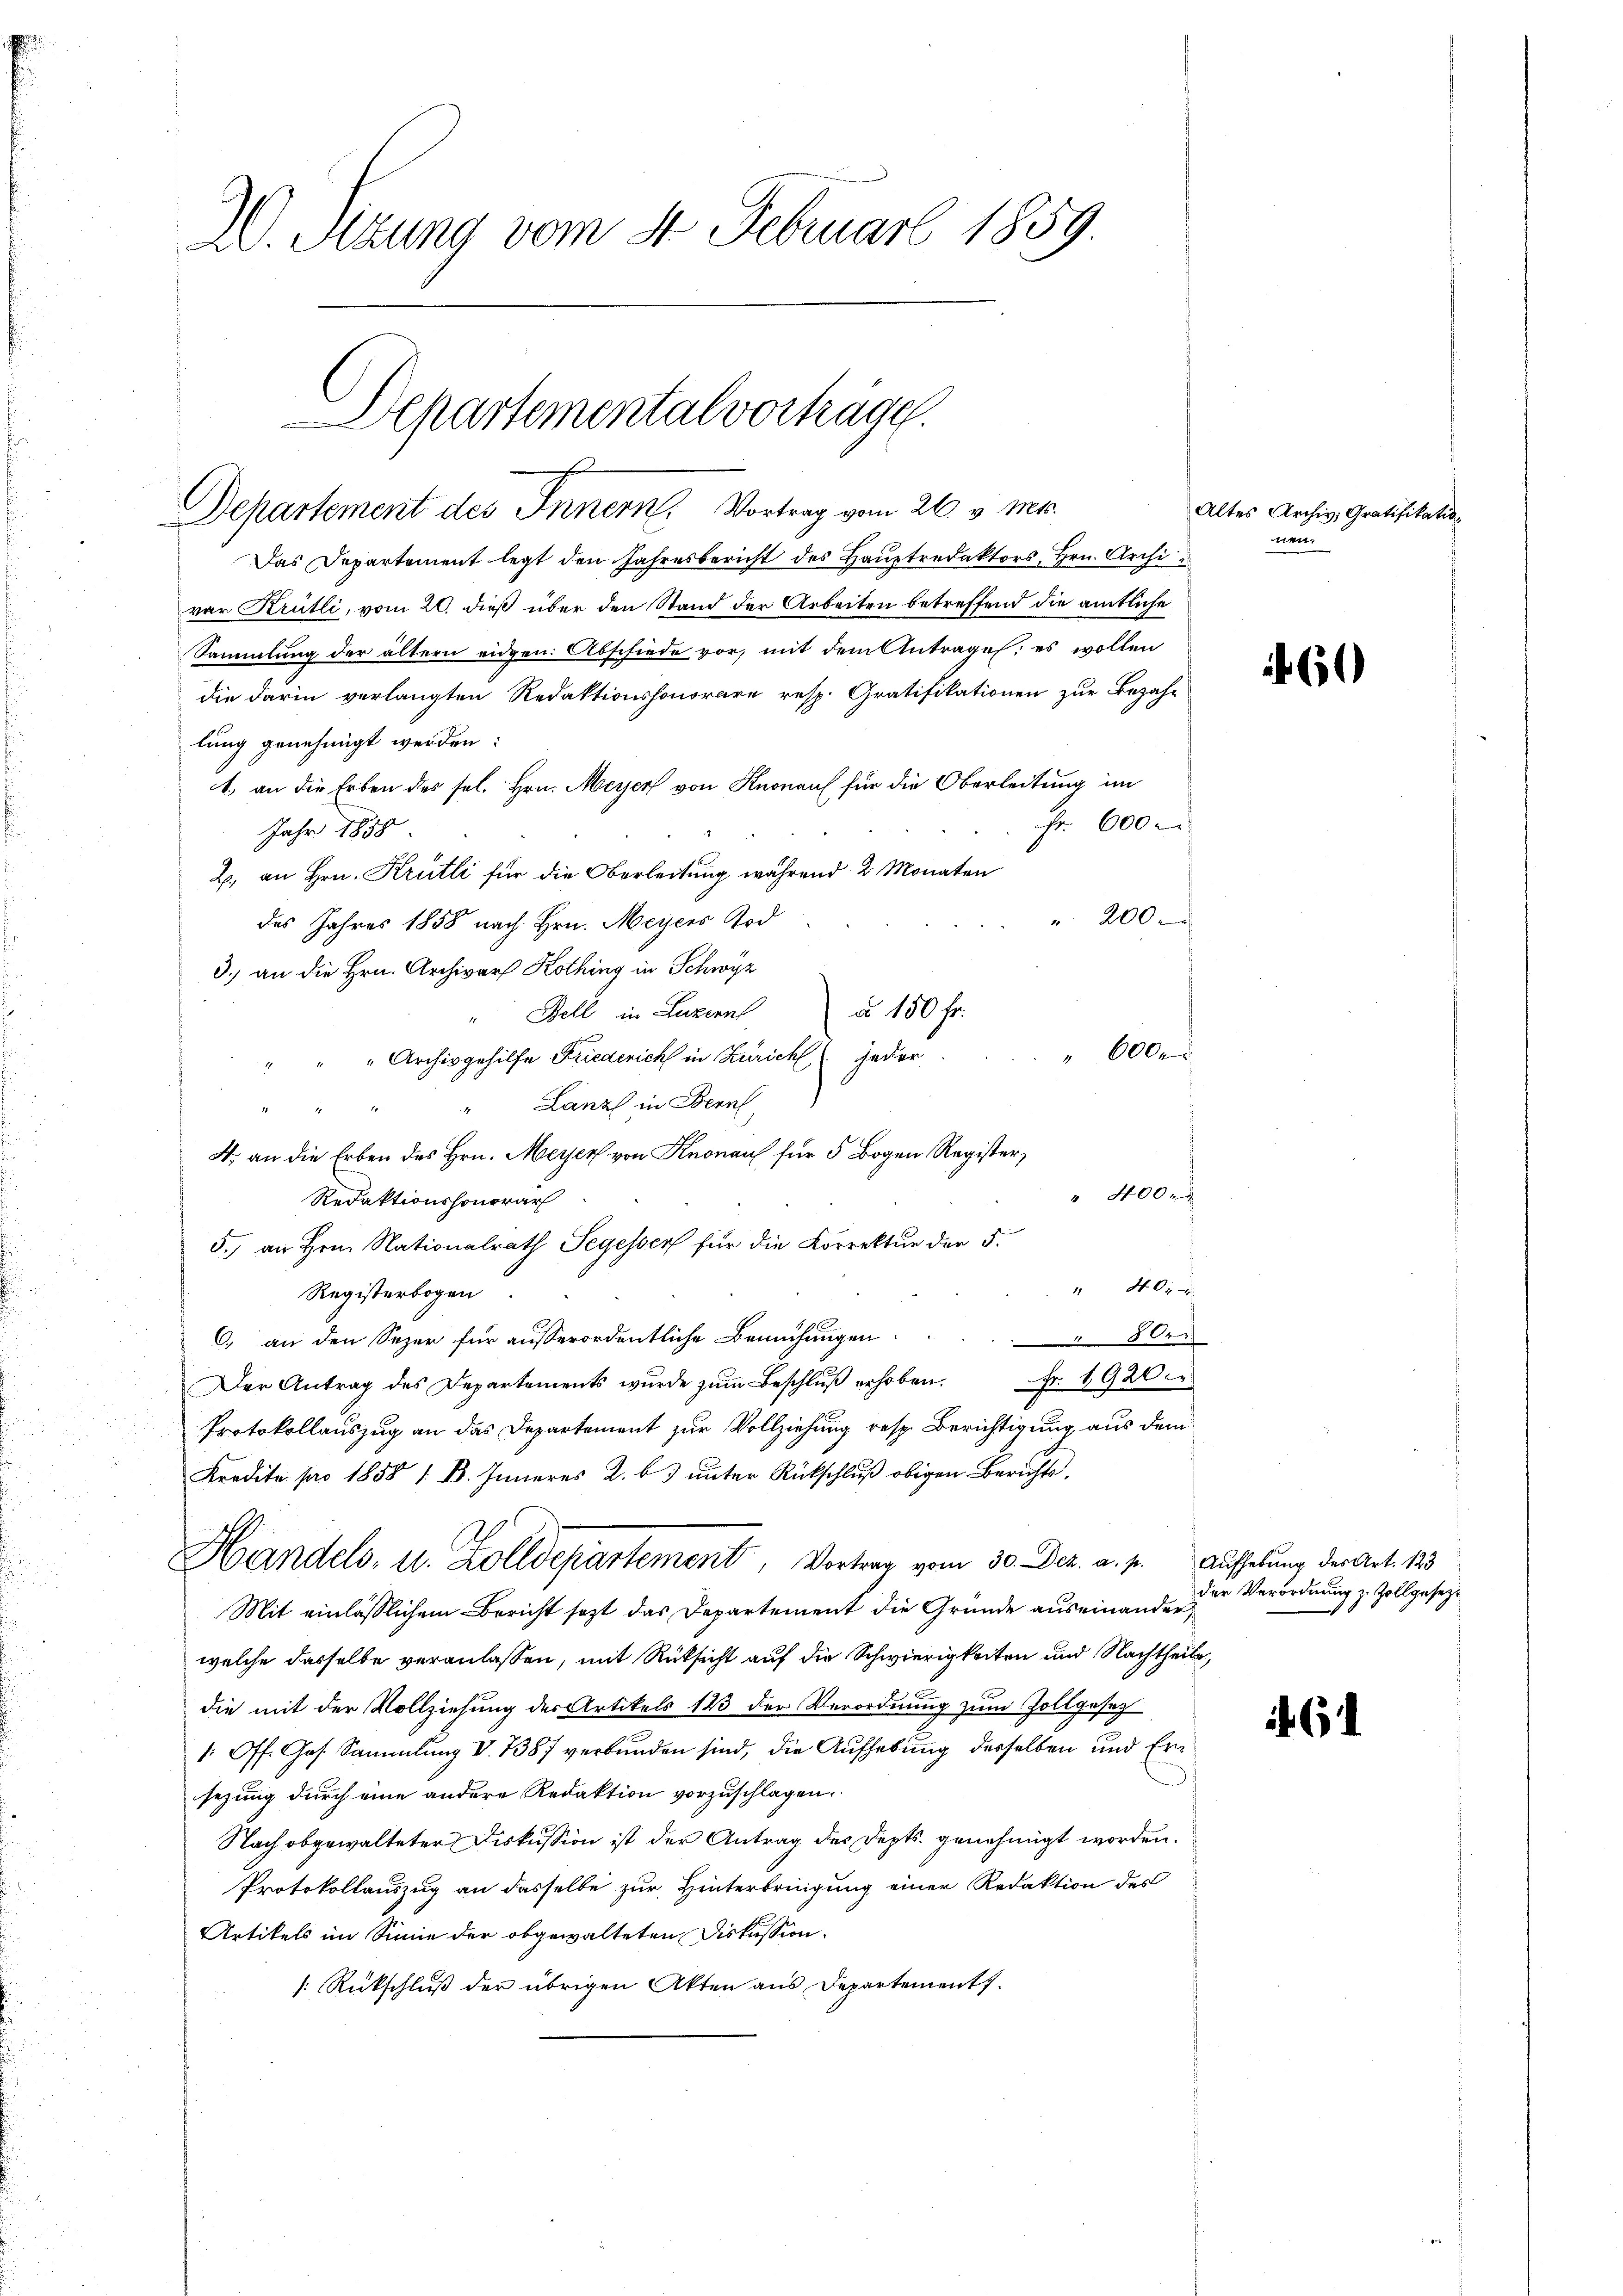
20. Sezung vom 4. Februar 1859.

Departemental vorträge.
Departement des Innern, Vortrag vom 26. v. Ms.

Das Departement legt den Jahresbericht des Hauptredaktors, Hrn. Archi
vor Krütli, vom 20. dieß über den Stand der Arbeiten betreffend die amtliche
Sammlung der ältern eidgen. Abschiede vor, mit dem Antrage: es wollen
die darin verlangten Redaktionshonorare resp. Gratifikationen zur Bezah-
lung genehmigt werden:
1. an die Erben des sel. Hrn. Meyer von Knonau für die Oberleitung im
Fr. 600
Jahr 1858
2. an Hrn. Krütli für die Oberleitung während 2 Monaten
" 200
des Jahres 1858 nach Hrn. Meyers Tod
3.) an die Hrn. Archivars Kothing in Schwyz
d 150 fr.
" Bell in Luzern
600
" " " Archiv gehilfe Friederich in Zürich jeder.
Lanz in Bern,
e
4. an die Erben des Hrn. Meyer von Knonau für 5 Bogen Register,
" 400
Redaktionshonorar
5.) an Hrn. Nationalrath Segessers für die Korrektur der 5.
" 400
Registerbogen
C., an den Sezer für ausserordentliche Bemühungen 800
Der Antrag des Departements wurde zŭm Beschlŭβ erhoben. Fr. 1920.
Protokollauszug an das Departement zur Vollziehung resp. Berichtigung aus dem
Kredite pro 1858 / B. Inneres 2. b. ŭnter Rückschlŭβ obigen Berichts¬
Handels- u. Zolldepartement, Vortrag vom 30. Dez. a. p. Aufhebung der Art. 123
Mit einlässlichem Bericht sezt das Departement die Gründe auseinander,
welche dasselbe veranlassen, mit Rücksicht auf die Schwierigkeiten und Nachtheile,
die mit der Vollziehung der Artikels 123 der Verordnung zum Zollgesetz
/: Off. Ges. Sammlung V. 7387 verbunden sind, die Aufhebung derselben und Ersezung durch eine andere Redaktion vorzuschlagen.
Nach obgewalteter Diskussion ist der Antrag des Depts genehmigt worden.
Protokollauszug an dasselbe zur Hinterbringung einer Redaktion des
Artikels im Sinne der obgewalteten Diskussion.
[: Rückschluß der übrigen Akten aus Departement.

Altes Archiv, Gratisitativ
nen,

60

der Verordnung z. Zollgesez¬

61.